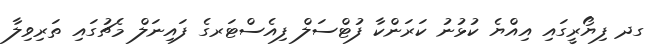
ގދ ފިޔޯރީގައި އިއްޔެ ކުޅުނު ކަރަންކާ ފުޓްސަލް ފިއެސްޓަރގެ ފައިނަލް މެޗުގައި ތަރިވިލާ